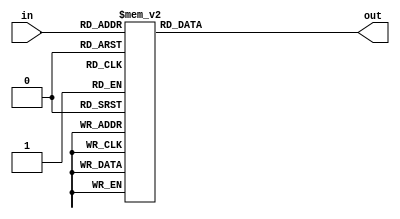
// This program was cloned from: https://github.com/aniketuppin/n-body-gravity-simulator
// License: Apache License 2.0

module bin27seg (
                  input [3:0]      in,
	          output reg [6:0] out = 7'b0011100
	          );
   always @(*)
     begin
	case (in) 
	  4'b0000 : out <= 7'b1000000 ;
	  4'b0001 : out <= 7'b1111001 ;
	  4'b0010 : out <= 7'b0100100 ;
	  4'b0011 : out <= 7'b0110000 ;
	  4'b0100 : out <= 7'b0011001 ;
	  4'b0101 : out <= 7'b0010010 ;
	  4'b0110 : out <= 7'b0000010 ;
	  4'b0111 : out <= 7'b1111000 ;
	  4'b1000 : out <= 7'b0000000 ;
	  4'b1001 : out <= 7'b0010000 ;
	  default : out <= 7'b1111111 ;
	endcase
     end	
endmodule